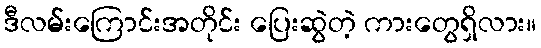
ဒီလမ်းကြောင်းအတိုင်း ပြေးဆွဲတဲ့ ကားတွေရှိလား။